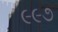
૯૯૭